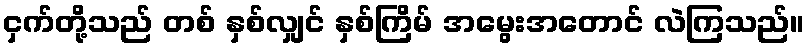
ငှက်တို့သည် တစ် နှစ်လျှင် နှစ်ကြိမ် အမွေးအတောင် လဲကြသည်။